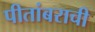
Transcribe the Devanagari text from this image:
पीतांबराची